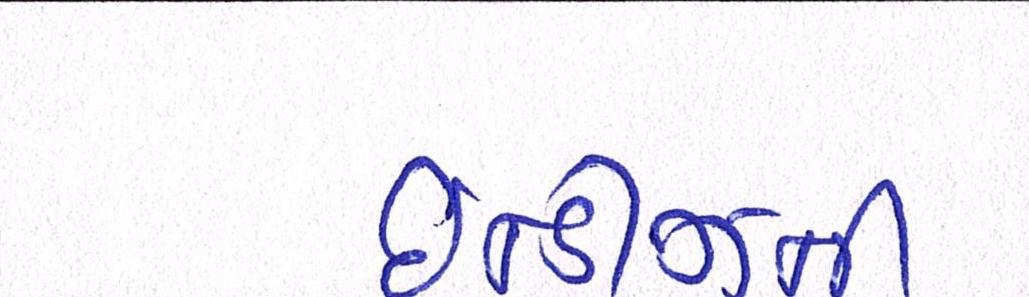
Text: ઇન્ડીઝની